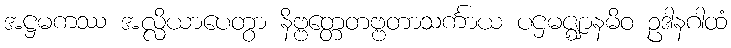
အဋ္ဌမကဿ အလ္လိယာပေတွာ နိဗ္ဗတ္တေတဗ္ဗတာသင်္ကာယ ပဌမဇ္ဈာနမိဝ ဥဒါနဂါထံ